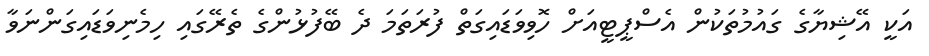
އަކީ އޭޝިޔާގެ ގައުމުތަކުން އެސްޕީޓީއަށް ހޮވިވަޑައިގަތް ފުރަތަމަ ދެ ބޭފުޅުންގެ ތެރޭގައި ހިމެނިވަޑައިގަންނަވާ